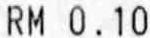
RM 0.10